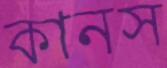
কানস